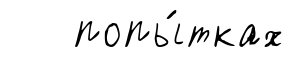
попы́тках